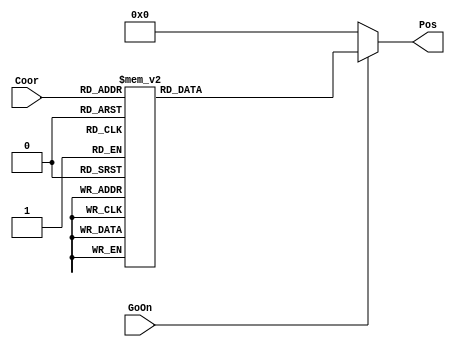
`timescale 1ns / 1ps
//////////////////////////////////////////////////////////////////////////////////
// Company: 
// Engineer: 
// 
// Design Name: 
// Module Name: Coordinates
// Project Name: 
// Target Devices: 
// Tool Versions: 
// Description: 
// 
// Dependencies: 
// 
// Revision:
// Revision 0.01 - File Created
// Additional Comments:
// 
//////////////////////////////////////////////////////////////////////////////////

module Coordinates(
               	input [3:0] Coor,
               	input GoOn, output wire [8:0] Pos
            	);
     
     	 


                  	reg[8:0] temp1;
                 	assign Pos = (GoOn==1'b1)?temp1:9'b0;
                           	always @(*)
                                  	begin
                                        	case(Coor)
                                          	4'd1: temp1 <= 9'b000000001;
                                          	4'd2: temp1 <= 9'b000000010;
                                          	4'd3: temp1 <= 9'b000000100;
                                          	4'd4: temp1 <= 9'b000001000;
                                          	4'd5: temp1 <= 9'b000010000;
                                          	4'd6: temp1 <= 9'b000100000;
                                          	4'd7: temp1 <= 9'b001000000;
                                          	4'd8: temp1 <= 9'b010000000;
                                          	4'd9: temp1 <= 9'b100000000;
                                          	default: temp1 <= 9'b000000000;
                                        	endcase
                                   	end	 
                                               	 
endmodule